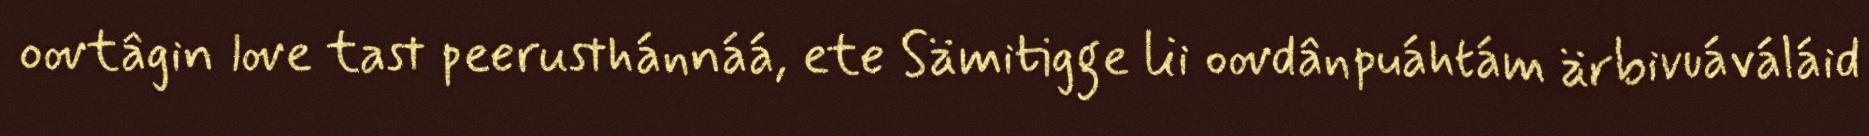
oovtâgin love tast peerusthánnáá, ete Sämitigge lii oovdânpuáhtám ärbivuáváláid